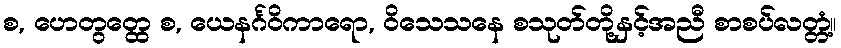
စ, ဟေတွတ္ထေ စ, ယေနင်္ဂဝိကာရော, ဝိသေသနေ စသုတ်တို့နှင့်အညီ စာစပ်လတ္တံ့။